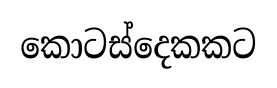
කොටස්දෙකකට